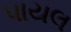
પાયલ